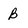
Character: B